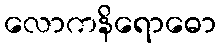
လောကနိရောဓော